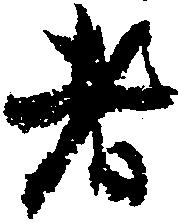
者